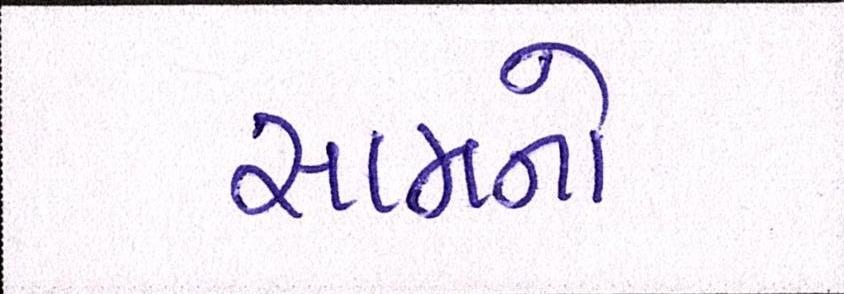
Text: સામનો